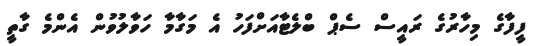
ފީފާގެ މިހާރުގެ ރައީސް ސެޕް ބްލެޓާއަށްފަހު އެ މަގާމާ ހަވާލުވުން އެންމެ ގާތީ